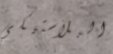
البلاستيكي